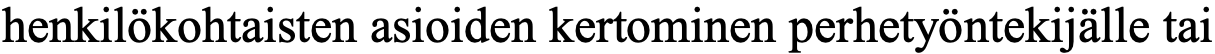
henkilökohtaisten asioiden kertominen perhetyöntekijälle tai